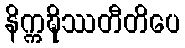
နိက္ကဍ္ဎိဿတီတိပေ